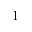
1